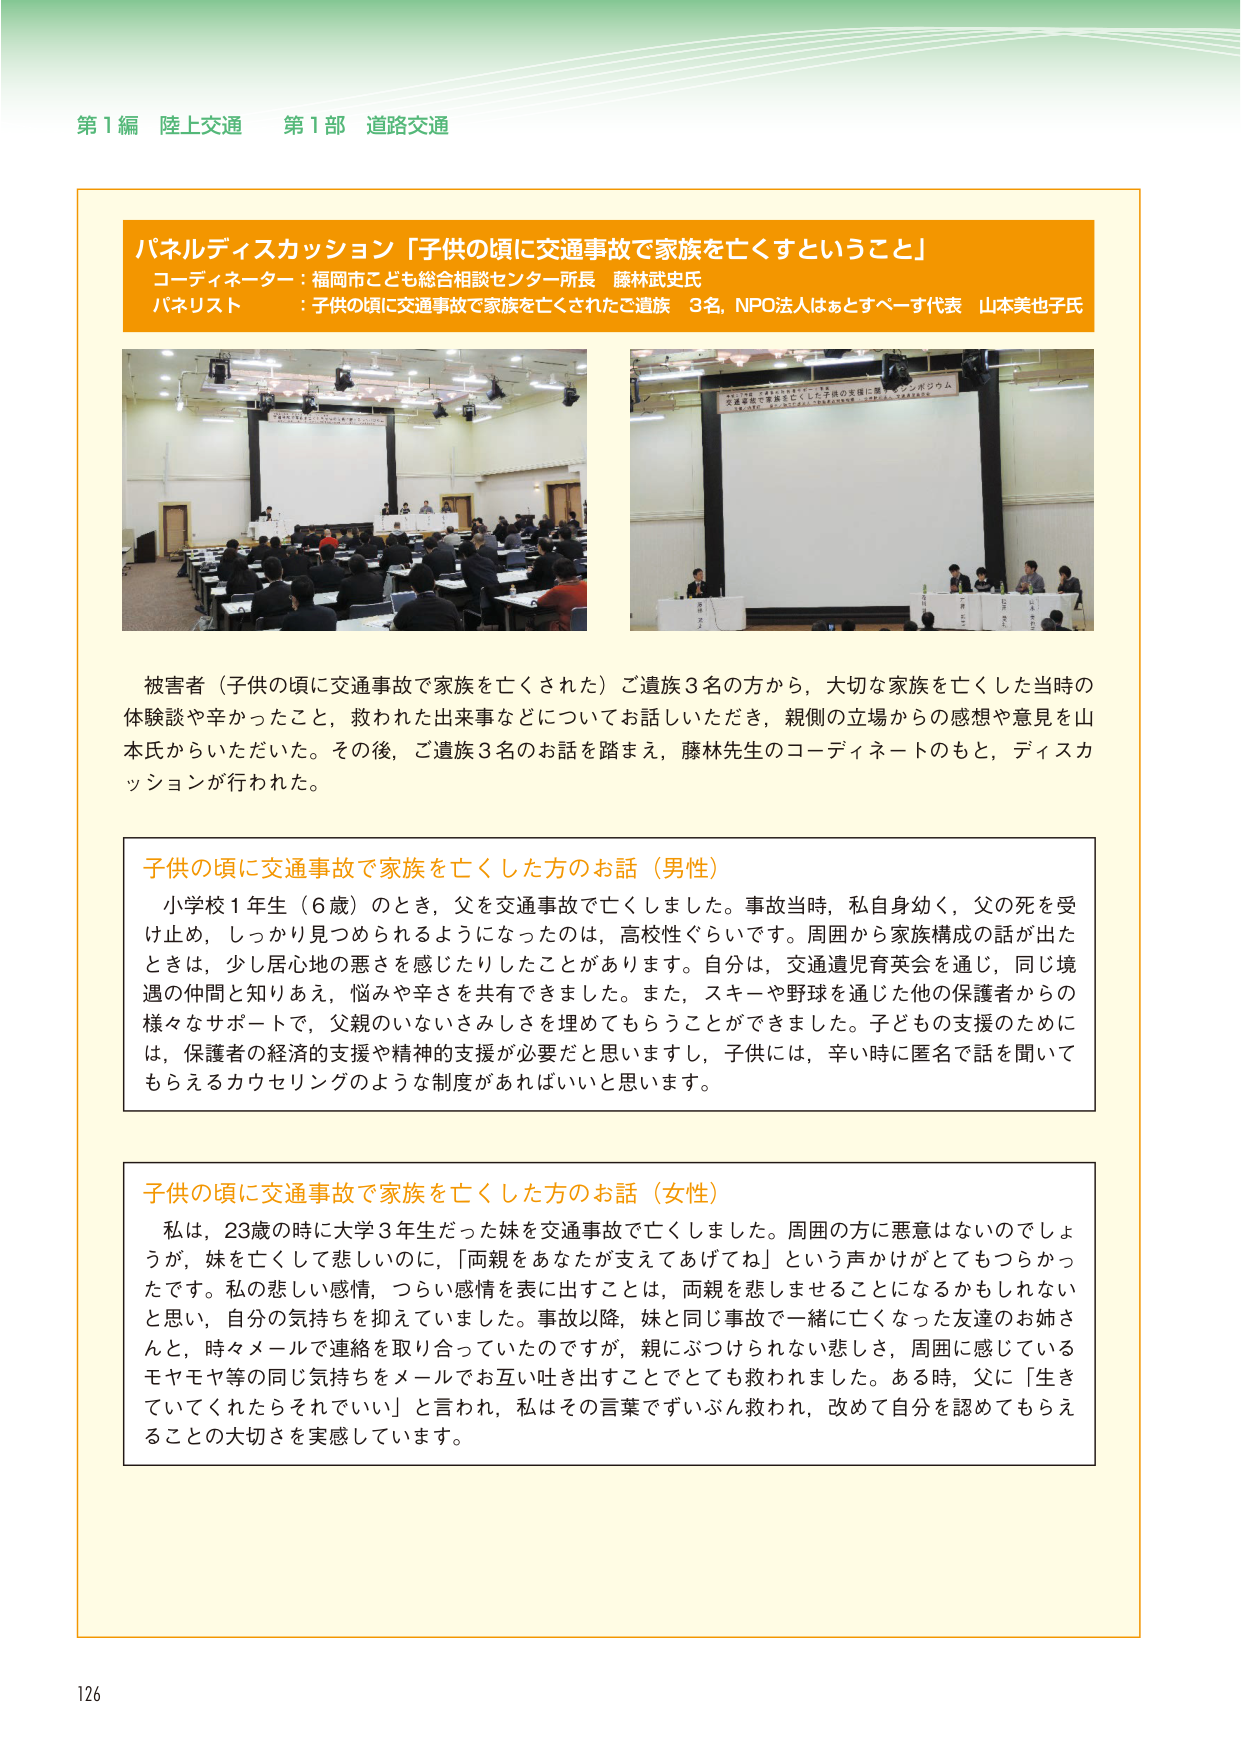
第１編 陸上交通 第１部 道路交通

パネルディスカッション「子供の頃に交通事故で家族を亡くすということ」
コーディネーター：福岡市こども総合相談センター所長 藤林武史氏
パネリスト：子供の頃に交通事故で家族を亡くされたご遺族 3名、NPO法人はぁとぺーす代表 山本美也子氏

被害者（子供の頃に交通事故で家族を亡くされた）ご遺族3名の方から、大切な家族を亡くした当時の体験談や辛かったこと、救われた出来事などについてお話しいただき、親側の立場からの感想や意見を山本氏からいただいた。その後、ご遺族3名のお話を踏まえ、藤林先生のコーディネートのもと、ディスカッションが行われた。

子供の頃に交通事故で家族を亡くした方のお話（男性）
小学校1年生（6歳）のとき、父を交通事故で亡くしました。事故当時、私自身幼く、父の死を受け止め、しっかり見つめられるようになったのは、高校生ぐらいです。周囲から家族構成の話が出たときは、少し居心地の悪さを感じたりしたことがあります。自分は、交通遺児育英会を通じ、同じ境遇の仲間と知りあえ、悩みや辛さを共有できました。また、スキー や野球を通じた他の保護者からの様々なサポートで、父親のいないさみしさを埋めてもらうことができました。子ども の支援のためには、保護者の経済的支援や精神的支援が必要だと思いますし、子供には、辛い時に匿名で話を聞いてもらえるカウンセリングのような制度があればいいと思います。

子供の頃に交通事故で家族を亡くした方のお話（女性）
私は、23歳の時に大学3年生だった妹を交通事故で亡くしました。周囲の方に悪意はないのでしょうが、妹を亡くして悲しいのに、「両親をあなたが支えてあげてね」という声かけがとてもつらかったです。私の悲しい感情、つらい感情を表に出すことは、両親を悲しませることになるかもしれないと思い、自分の気持ちを抑えていました。事故以降、妹と同じ事故で一緒に亡くなった友達のお姉さんと、時々メールで連絡を取り合っていたのですが、親にぶつけられない悲しさ、周囲に感じているモヤモヤ等の同じ気持ちをメールでお互い吐き出すことでとても救われました。ある時、父に「生きていてくれたらそれもいい」と言われ、私はその言葉でずいぶん救われ、改めて自分を認めてもらえることの大切さを実感しています。

126